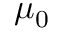
\mu _ { 0 }